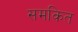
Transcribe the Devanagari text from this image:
समकित